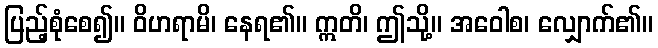
ပြည့်စုံစေ၍။ ဝိဟရာမိ၊ နေရ၏။ ဣတိ၊ ဤသို့။ အဝေါစ၊ လျှောက်၏။